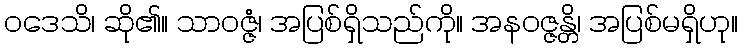
ဝဒေသိ၊ ဆို၏။ သာဝဇ္ဇံ၊ အပြစ်ရှိသည်ကို။ အနဝဇ္ဇန္တိ၊ အပြစ်မရှိဟု။